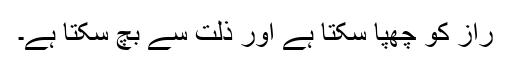
راز کو چھپا سکتا ہے اور ذلت سے بچ سکتا ہے۔